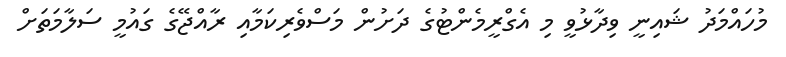
މުހައްމަދު ޝައިނީ ވިދާޅުވީ މި އެގްރީމެންޓުގެ ދަށުން މަސްވެރިކަމާއި ރާއްޖޭގެ ގައުމީ ސަލާމަތަށް